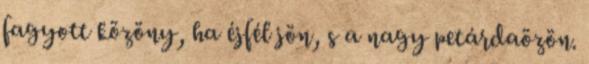
fagyott közöny, ha éjfél jön, s a nagy petárdaözön.